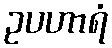
ဥပဟာရံ